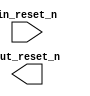
module mcu_subsystem_reset_in (
		input  wire  in_reset_n,  //  in_reset.reset_n
		output wire  out_reset_n  // out_reset.reset_n
	);
endmodule